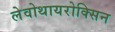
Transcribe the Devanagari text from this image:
लेवोथायरोक्सिन